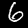
Digit: 6